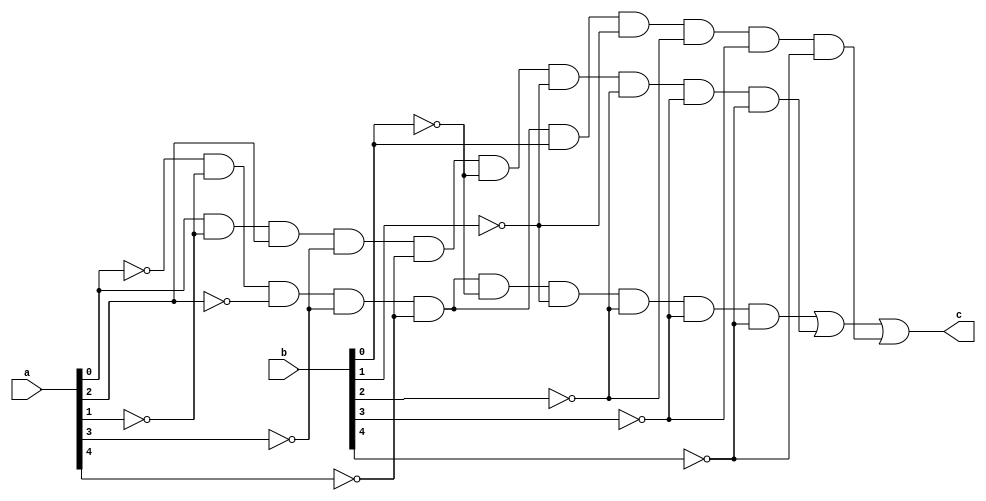
module of(a, b, c);
	
	input [4:0]a,b;
	output c;
	
wire w0,w1,w2;

and(w0, ~a[0], ~a[1], ~a[2], ~a[3], ~a[4], ~b[0], ~b[1], ~b[2], ~b[3], ~b[4]);
and(w1, a[0], ~a[1], a[2], ~a[3], ~a[4], ~b[0], ~b[1], ~b[2], ~b[3], ~b[4]);
and(w2, ~a[0], ~a[1], ~a[2], ~a[3], ~a[4], b[0], ~b[1], ~b[2], ~b[3], ~b[4]);

or(c, w0, w1, w2);

endmodule